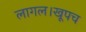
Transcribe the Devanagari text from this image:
लागल।खूपच